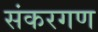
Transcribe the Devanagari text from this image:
संकरगण